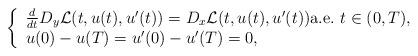
LaTeX: \begin{align*} \left\{\begin{array}{ll} \frac{d}{dt} D_{y}\mathcal{L}(t,u(t),u'(t))= D_{x}\mathcal{L}(t,u(t),u'(t)) \hbox{a.e.}\ t \in (0,T),\\ u(0)-u(T)=u'(0)-u'(T)=0,\end{array}\right.\end{align*}